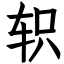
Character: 轵